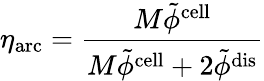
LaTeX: \eta_{\mathrm{arc}}=\frac{M\tilde{\phi}^{\mathrm{cell}}}{M\tilde{\phi}^{\mathrm{cell}}+2\tilde{\phi}^{\mathrm{dis}}}